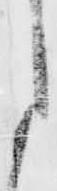
月